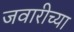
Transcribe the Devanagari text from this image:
जवारीच्या